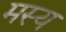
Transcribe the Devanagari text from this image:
मस्य